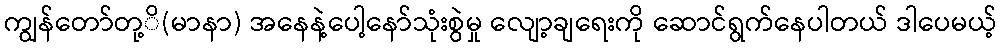
ကျွန်တော်တု့ိ(မာနာ) အနေနဲ့ပေါ့နော်သုံးစွဲမှု လျော့ချရေးကို ဆောင်ရွက်နေပါတယ် ဒါပေမယ့်